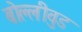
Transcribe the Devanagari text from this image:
बोल्लीवुड